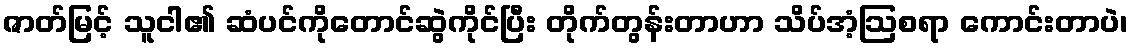
ဇာတ်မြင့် သူငါ၏ ဆံပင်ကိုတောင်ဆွဲကိုင်ပြီး တိုက်တွန်းတာဟာ သိပ်အံ့ဩစရာ ကောင်းတာပဲ၊